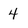
Character: 4